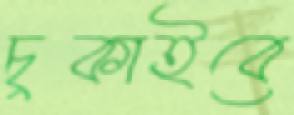
চুকাইবে